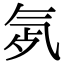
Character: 𣱞